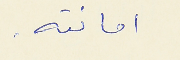
امانته .